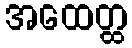
အထေတ္ထ